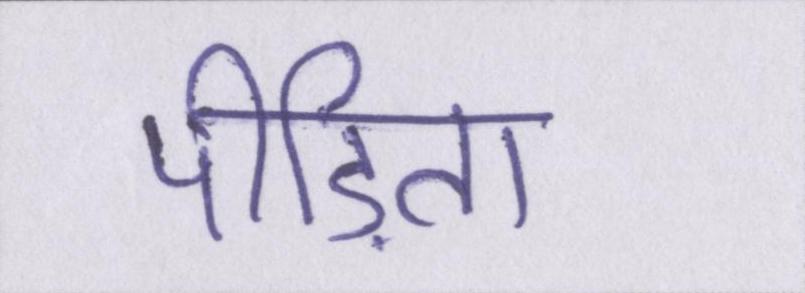
पीड़िता